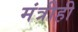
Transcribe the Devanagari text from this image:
मंत्रीही